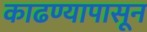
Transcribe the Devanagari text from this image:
काढण्यापासून